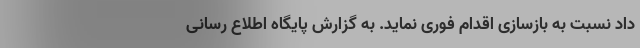
داد نسبت به بازسازی اقدام فوری نماید. به گزارش پایگاه اطلاع رسانی